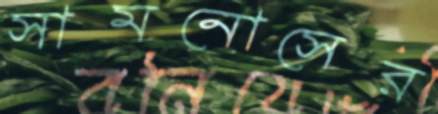
সামনোসের